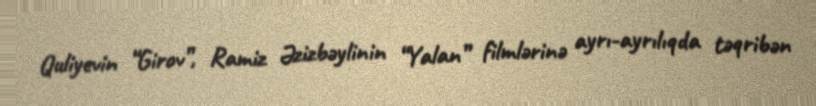
Quliyevin “Girov”, Ramiz Əzizbəylinin “Yalan” filmlərinə ayrı-ayrılıqda təqribən